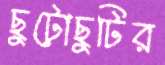
ছুটোছুটির